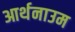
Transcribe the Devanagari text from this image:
आर्थनाउम